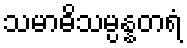
သမာဓိသမ္ပန္နတရံ